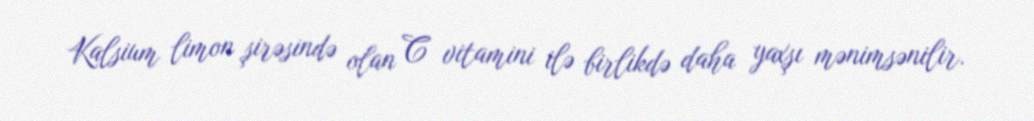
Kalsium limon şirəsində olan C vitamini ilə birlikdə daha yaxşı mənimsənilir.